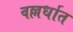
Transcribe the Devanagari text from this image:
वल्लर्धात